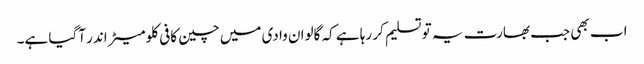
اب بھی جب بھارت یہ تو تسلیم کر رہا ہے کہ گالوان وادی میں چین کافی کلومیٹر اندر آگیا ہے۔